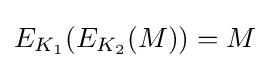
E_{K_{1}}(E_{K_{2}}(M))=M